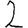
Digit: 2